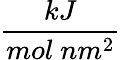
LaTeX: \frac{kJ}{mol~nm^{2}}